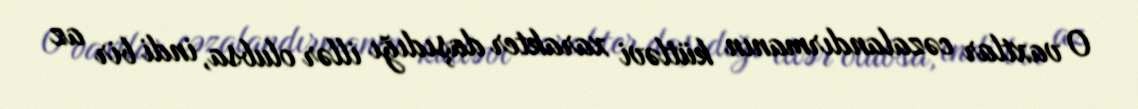
O vaxtlar cəzalandırmanın kütləvi xarakter daşıdığı illər olubsa, indi bir az